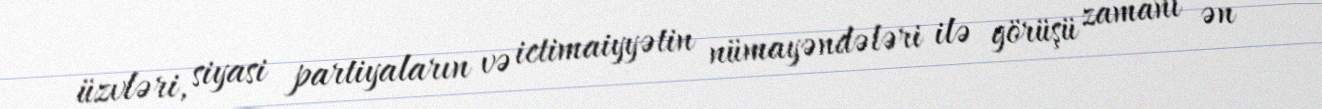
üzvləri, siyasi partiyaların və ictimaiyyətin nümayəndələri ilə görüşü zamanı ən